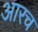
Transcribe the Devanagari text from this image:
आरच